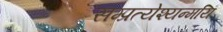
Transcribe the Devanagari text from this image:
सम्प्रत्येश्यन्मयि